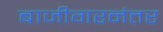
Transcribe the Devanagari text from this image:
बाजीगरनंतर